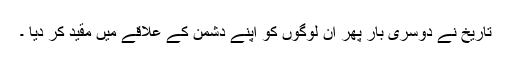
تاریخ نے دوسری بار پھر ان لوگوں کو اپنے دشمن کے علاقے میں مقید کر دیا ۔